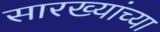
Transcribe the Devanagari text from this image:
सारख्यांच्या